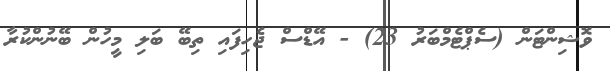
ވޮޝިންޓަން (ސެޕްޓެމްބަރު 23) - އޭޑްސް ޖެހިފައި ތިބޭ ބަލި މީހުން ބޭނުންކުރާ